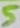
Text: 5